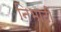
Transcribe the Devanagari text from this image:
निभाटी